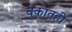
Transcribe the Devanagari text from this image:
बुकातही